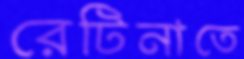
রেটিনাতে